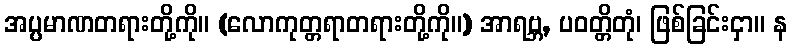
အပ္ပမာဏတရားတို့ကို။ (လောကုတ္တရာတရားတို့ကို။) အာရဗ္ဘ, ပဝတ္တိတုံ၊ ဖြစ်ခြင်းငှာ။ န